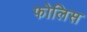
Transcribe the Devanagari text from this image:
फोलिस